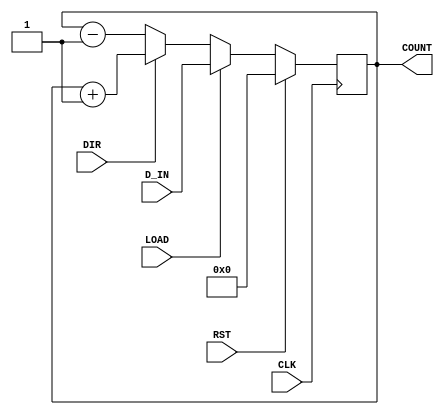
module UpDownCounter #(
    parameter N = 8  // Parameter for the bit-width of the counter
)(
    input wire CLK,          // Clock signal
    input wire RST,          // Reset signal (active high)
    input wire DIR,          // Direction control (1 for up, 0 for down)
    input wire LOAD,         // Load signal (active high)
    input wire [N-1:0] D_IN, // Data input for loading
    output reg [N-1:0] COUNT // Counter output
);

    // Internal register to hold the current count value
    reg [N-1:0] count_reg;

    always @(posedge CLK) begin
        if (RST) begin
            // Reset the counter to zero
            count_reg <= {N{1'b0}};
        end else if (LOAD) begin
            // Load the value from D_IN into the counter
            count_reg <= D_IN;
        end else begin
            // Count up or down based on DIR
            if (DIR) begin
                // Increment the counter
                count_reg <= count_reg + 1'b1;
            end else begin
                // Decrement the counter
                count_reg <= count_reg - 1'b1;
            end
        end
    end

    // Assign the internal register to the output
    assign COUNT = count_reg;

endmodule